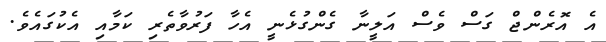
އެ އޮރެންޖް ގަސް ވެސް އަލީނާ ގެންގުޅެނީ އެހާ ފަރުވާތެރި ކަމާއި އެކުގައެވެ.